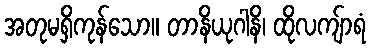
အတုမရှိကုန်သော။ တာနိယုဂါနိ၊ ထိုလကျ်ာရံ